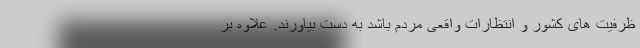
ظرفیت های کشور و انتظارات واقعی مردم باشد به دست بیاورند. علاوه بر